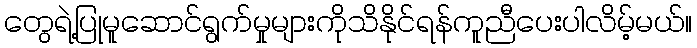
တွေရဲ့ပြုမူဆောင်ရွက်မှုများကိုသိနိုင်ရန်ကူညီပေးပါလိမ့်မယ်။